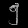
Digit: ၅